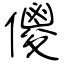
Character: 儍